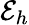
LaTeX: \mathcal{E}_{h}